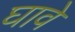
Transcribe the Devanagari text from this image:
घावे